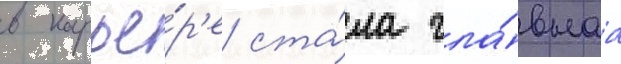
в карье́р'е ста́ла гла́внаа